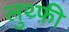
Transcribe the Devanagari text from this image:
लुथ्फ़ी